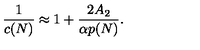
{ \frac { 1 } { c ( N ) } } \approx 1 + { \frac { 2 A _ { 2 } } { \alpha p ( N ) } } .